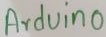
Text: Arduino